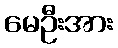
မေဦးအား